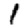
Digit: 1